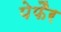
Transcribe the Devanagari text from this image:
पेफैर